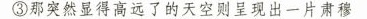
③那突然显得高远了的天空则呈现出一片肃穆